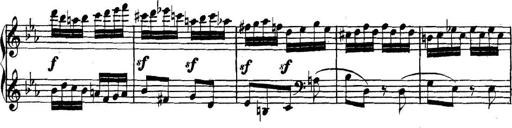
Title: Collected Piano Sonatas
Composer: Muzio Clementi